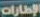
الإطارات